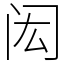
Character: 闳